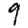
Digit: 9